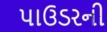
પાઉડરની